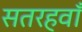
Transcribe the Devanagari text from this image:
सतरहवाँ